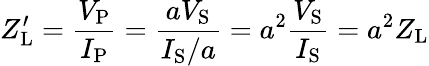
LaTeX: Z_{\mathrm{L}}^{\prime}={\frac{V_{\mathrm{P}}}{I_{\mathrm{P}}}}={\frac{aV_{\mathrm{S}}}{I_{\mathrm{S}}/a}}=a^{2}{\frac{V_{\mathrm{S}}}{I_{\mathrm{S}}}}=a^{2}{Z_{\mathrm{L}}}